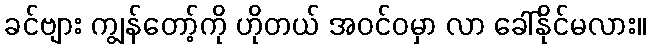
ခင်ဗျား ကျွန်တော့်ကို ဟိုတယ် အဝင်ဝမှာ လာ ခေါ်နိုင်မလား။